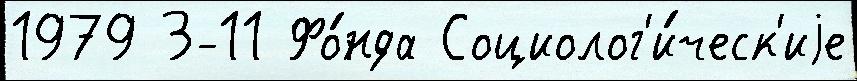
1979 3-11 Фо́нда Социолог'и́ческ'иjе